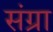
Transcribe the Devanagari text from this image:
संग्रा